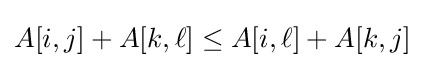
A[i,j]+A[k,\ell ]\leq A[i,\ell ]+A[k,j]